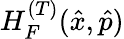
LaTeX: H_{F}^{(T)}(\hat{x},\hat{p})